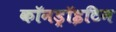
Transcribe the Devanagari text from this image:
कॉनड्रॉइटिन